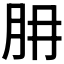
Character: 𦙇